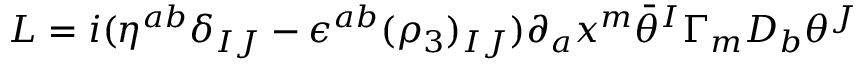
{ \cal L } = i ( \eta ^ { a b } \delta _ { I J } - \epsilon ^ { a b } ( \rho _ { 3 } ) _ { I J } ) \partial _ { a } x ^ { m } \bar { \theta } ^ { I } \Gamma _ { m } D _ { b } \theta ^ { J }